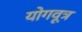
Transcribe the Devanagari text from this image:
योगवूत्र